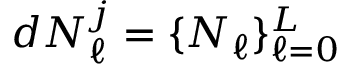
d N _ { \ell } ^ { j } = \{ N _ { \ell } \} _ { \ell = 0 } ^ { L }